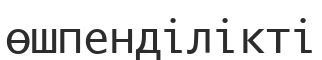
өшпенділікті